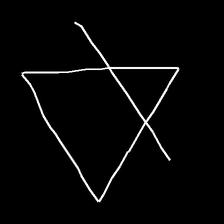
Glyph: empower